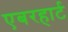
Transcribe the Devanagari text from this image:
एबरहार्ट